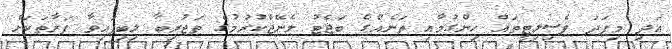
އަދި މިފަދަ ފެސިލިޓީތައް ހިންގުމާއި ތަނެއްގެ ބަޖެޓު މެނޭޖްކުރުމުގެ ތަޖުރިބާ ލިބިފައިވާ ފަރާތަކަށް